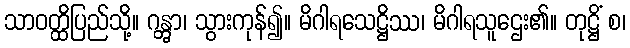
သာဝတ္ထိပြည်သို့။ ဂန္တွာ၊ သွားကုန်၍။ မိဂါရသေဋ္ဌိဿ၊ မိဂါရသူဌေး၏။ တုဋ္ဌိံ စ၊